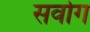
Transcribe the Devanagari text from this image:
सर्वाग